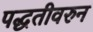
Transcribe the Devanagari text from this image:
पद्धतीवरुन